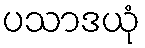
ပသာဒယုံ